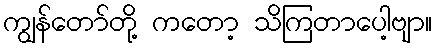
ကျွန်တော်တို့ ကတော့ သိကြတာပေါ့ဗျာ။